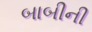
બાબીની